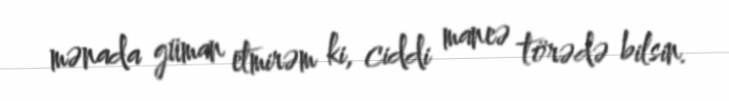
mənada güman etmirəm ki, ciddi maneə törədə bilsin.